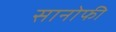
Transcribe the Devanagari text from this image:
सानोफी